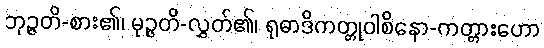
ဘုဉ္ဇတိ-စား၏၊ မုဉ္ဇတိ-လွှတ်၏၊ ရုဓာဒိကတ္တုဝါစိနော-ကတ္တားဟော